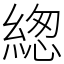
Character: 緫